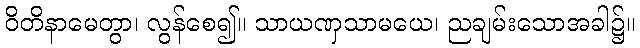
ဝိတိနာမေတွာ၊ လွန်စေ၍။ သာယဏှသာမယေ၊ ညချမ်းသောအခါ၌။